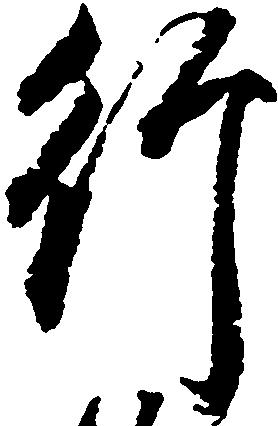
行